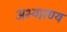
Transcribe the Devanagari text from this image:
अभ्यारण्‍य